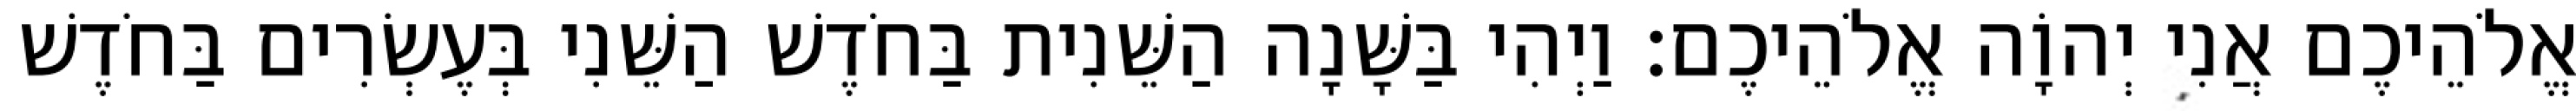
אֱלֹהֵיכֶם אֲנִי יְהוָֹה אֱלֹהֵיכֶם׃ וַיְהִי בַּשָּׁנָה הַשֵּׁנִית בַּחֹדֶשׁ הַשֵּׁנִי בְּעֶשְׂרִים בַּחֹדֶשׁ